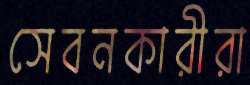
সেবনকারীরা